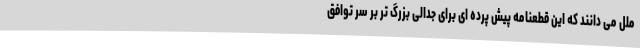
ملل می دانند که این قطعنامه پیش پرده ای برای جدالی بزرگ تر بر سر توافق